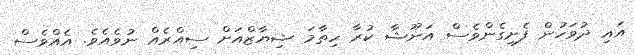
އައި ދުވަހުން ފެށިގެންވެސް އަނޫޝާ ކުރާ ހިތާމަ ޝިޔާޒްއަށް ސިއްރެއް ނުވެއެވެ. އެއްވެސް